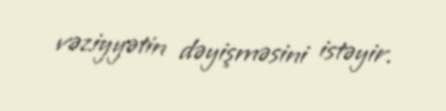
vəziyyətin dəyişməsini istəyir.